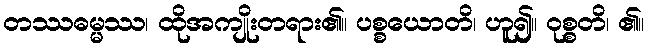
တဿဓမ္မဿ၊ ထိုအကျိုးတရား၏။ ပစ္စယောတိ၊ ဟူ၍။ ဝုစ္စတိ၊ ၏။